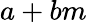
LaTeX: a+bm